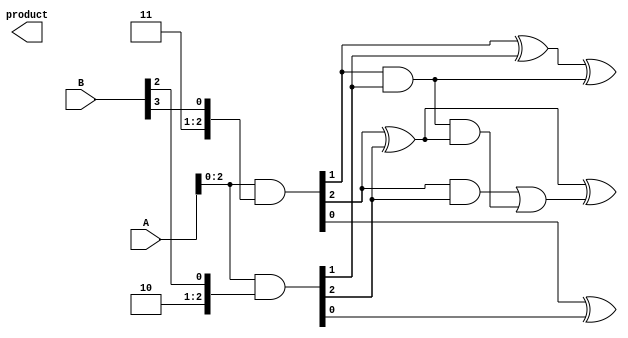
module dadda_multiplier #(parameter n = 4)(
    input [n-1:0] A,
    input [n-1:0] B,
    output reg [2*n-1:0] product
);

    // Partial product generation
    wire [n-1:0] pp[n-1:0]; // Partial products
    genvar i, j;
    generate
        for (i = 0; i < n; i = i + 1) begin : pp_gen
            assign pp[i] = A & { {n{i}}, B[i] }; // AND with each bit of B
        end
    endgenerate

    // Dadda reduction network
    wire [2*n-1:0] summed[n-1:0]; // Summed outputs from each stage

    // Initial stage: Directly assign partial products
    assign summed[0] = {pp[0], 1'b0}; // Start with first partial product

    // Reduction stages
    genvar stage;
    generate
        for (stage = 1; stage < n; stage = stage + 1) begin : reduction
            wire [n + stage:0] carry;
            wire [n + stage:0] sum;

            // Level 1: Sum partial products using half and full adders
            // Here we're reducing according to Dadda's algorithm
            // This is a simplified implementation, adjust for full Dadda rules
            assign carry[0] = 0; // Initial carry for stage
            for (i = 0; i < stage; i = i + 1) begin
                if (i < stage)
                    assign sum[i] = pp[stage][i] ^ pp[stage - 1][i] ^ carry[i]; // Sum bits
                if (i > 0)
                    assign carry[i] = (pp[stage][i] & pp[stage - 1][i]) | (carry[i-1] & (pp[stage][i] ^ pp[stage - 1][i])); // Carry logic
            end

            assign summed[stage] = {sum, carry[stage]}; // Accumulate sums to next stage
        end
    endgenerate

    // Final addition using a simple adder
    always @(*) begin
        product = summed[n-1]; // Assign final product
    end

endmodule